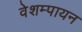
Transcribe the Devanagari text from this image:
वेशम्पायन